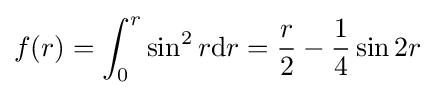
f(r)=\int _{0}^{r}\sin ^{2}r{\text{d}}r={\frac {r}{2}}-{\frac {1}{4}}\sin 2r